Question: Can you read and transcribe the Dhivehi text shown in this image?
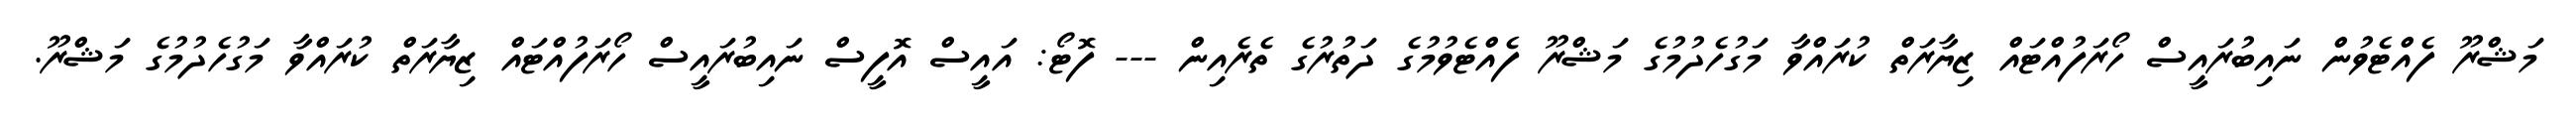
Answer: މަޝްރޫ ފެއްޓެވުން ނައިބުރައީސް ހޯރަފުއްޓައް ޒިޔާރަތް ކުރައްވާ މަގުހެދުމުގެ މަޝްރޫ ފެއްޓެވުމުގެ ދަތުރުގެ ތެރެއިން --- ފޮޓޯ: އައީސް އޮފީސް ނައިބުރައީސް ހޯރަފުއްޓައް ޒިޔާރަތް ކުރައްވާ މަގުހެދުމުގެ މަޝްރޫ.